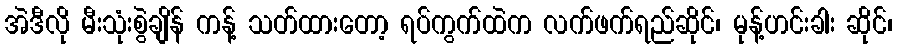
အဲဒီလို မီးသုံးစွဲချိန် ကန့် သတ်ထားတော့ ရပ်ကွက်ထဲက လက်ဖက်ရည်ဆိုင်၊ မုန့်ဟင်းခါး ဆိုင်၊